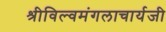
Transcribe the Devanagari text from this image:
श्रीविल्वमंगलाचार्यजी